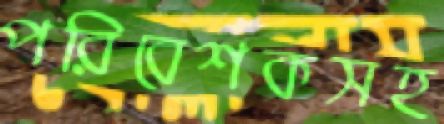
পরিবেশকসহ